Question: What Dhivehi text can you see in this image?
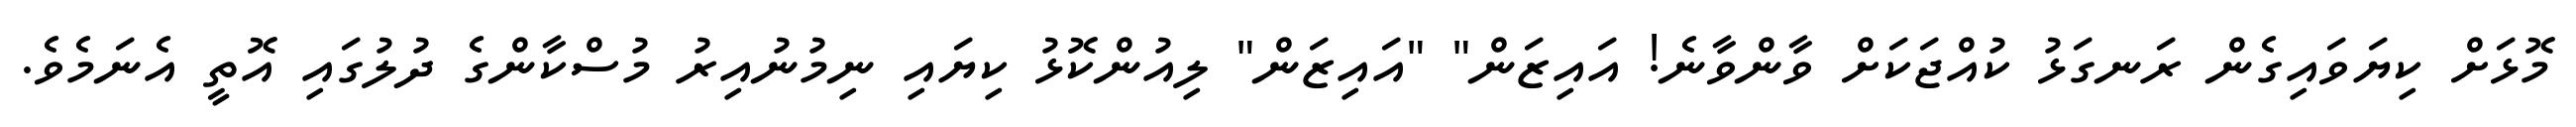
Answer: މޮޅަށް ކިޔަވައިގެން ރަނގަޅު ކުއްޖަކަށް ވާންވާނެ! އައިޒަން" "އައިޒަން" ލިއުންކޮޅު ކިޔައި ނިމުނުއިރު މުސްކާންގެ ދުލުގައި އޮތީ އެނަމެވެ.